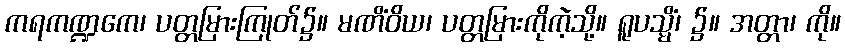
ကရကဏ္ဍကေ၊ ပတ္တမြားကြုတ်၌။ မဏိံဝိယ၊ ပတ္တမြားကိုကဲ့သို့။ ရူပသ္မိံ၊ ၌။ အတ္တာ၊ ကို။